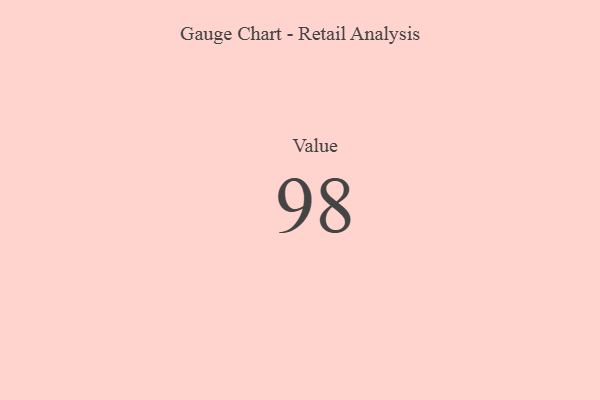
{"axis": {"x": "Metric", "y": "Value"}, "legend": [""], "data": [{"x": "Value", "y": 98, "type": ""}]}